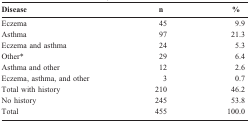
| Disease | n | % |
 | --- | --- | --- |
 | Eczema | 45 | 9.9 |
 | Asthma | 97 | 21.3 |
 | Eczema and asthma | 24 | 5.3 |
 | Other* | 29 | 6.4 |
 | Asthma and other | 12 | 2.6 |
 | Eczema, asthma, and other | 3 | 0.7 |
 | Total with history | 210 | 46.2 |
 | No history | 245 | 53.8 |
 | Total | 455 | 100.0 |